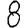
Digit: 8